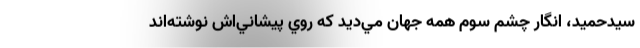
سيدحميد، انگار چشم سوم همه جهان مي‌ديد كه روي پيشاني‌اش نوشته‌اند